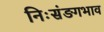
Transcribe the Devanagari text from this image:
निःसंङगभाव